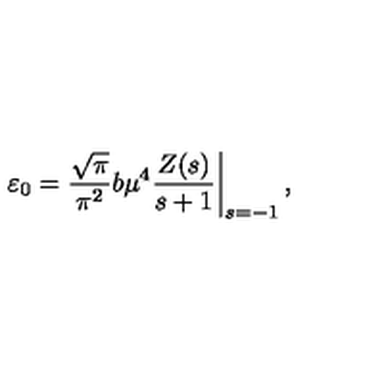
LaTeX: \left. \varepsilon _ { 0 } = \frac { \sqrt { \pi } } { \pi ^ { 2 } } b \mu ^ { 4 } \frac { Z ( s ) } { s + 1 } \right| _ { s = - 1 } ,